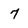
Character: 7